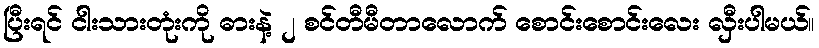
ပြီးရင် ငါးသားတုံးကို ဓားနဲ့ ၂ စင်တီမီတာလောက် စောင်းစောင်းလေး လှီးပါမယ်။